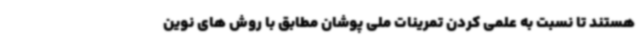
هستند تا نسبت به علمی کردن تمرینات ملی پوشان مطابق با روش های نوین